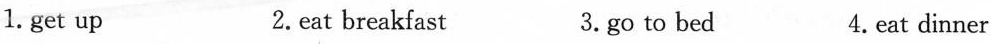
1. get up 2.eat breakfast 3.go to bed 4.eat dinner